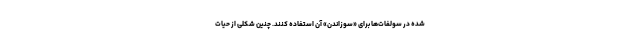
شده در سولفات‌ها برای «سوزاندن» آن استفاده کنند. چنین شکلی از حیات